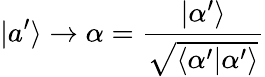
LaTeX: |a^{\prime}\rangle\to\alpha={\frac{|\alpha^{\prime}\rangle}{\sqrt{\langle\alpha^{\prime}|\alpha^{\prime}\rangle}}}